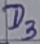
Text: D3